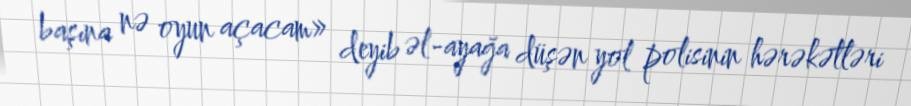
başına nə oyun açacam» deyib əl-ayağa düşən yol polisinin hərəkətləri